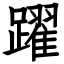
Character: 躍